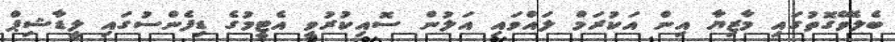
ބެލެވޭގޮތުގައި މާޒިޔާ އިން އަކުރަމް ލައްވައި އަލުން ސޮއިކުރުވީ އެޓީމުގެ ޑިފެންސުގައި ލީޑާޝިޕް